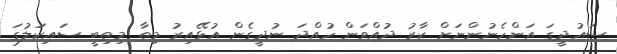
ސައުދީގަ އަންހެނުންނަށް ކާރު ދުއްވަން ހުއްދަ ނުދީގެން އުޅޭއިރު މިތާ މިތިބީ ސައިކަލުގަ